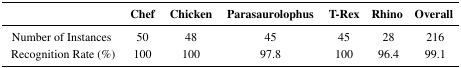
<table><thead><tr><td></td><td><b>Chef</b></td><td><b>Chicken</b></td><td><b>Parasaurolophus</b></td><td><b>T-Rex</b></td><td><b>Rhino</b></td><td><b>Overall</b></td></tr></thead><tbody><tr><td>Number of Instances</td><td>50</td><td>48</td><td>45</td><td>45</td><td>28</td><td>216</td></tr><tr><td>Recognition Rate (%)</td><td>100</td><td>100</td><td>97.8</td><td>100</td><td>96.4</td><td>99.1</td></tr></tbody></table>